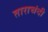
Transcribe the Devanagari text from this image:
ताराचंदी